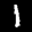
Label: 1